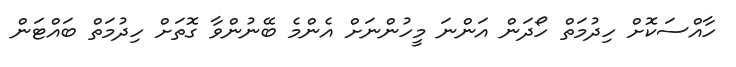
ހާއްސަކޮށް ހިދުމަތް ހޯދަން އަންނަ މީހުންނަށް އެންމެ ބޭނުންވާ ގޮތަށް ހިދުމަތް ބައްޓަން